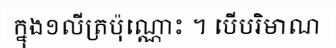
ក្នុង១លីត្រប៉ុណ្ណោះ ។ បើបរិមាណ